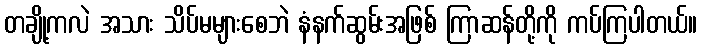
တချို့ကလဲ အသား သိပ်မများစေဘဲ နံနက်ဆွမ်းအဖြစ် ကြာဆန်တို့ကို ကပ်ကြပါတယ်။